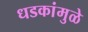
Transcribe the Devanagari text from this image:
धडकांमुळे